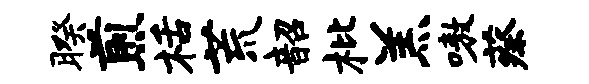
暌煎栝荒韶枇羔嗷蔡